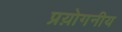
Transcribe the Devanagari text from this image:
प्रय़ोगनीय